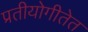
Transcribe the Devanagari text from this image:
प्रतीयोगीतेत